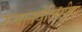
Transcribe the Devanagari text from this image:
रुवानवेलिसीया